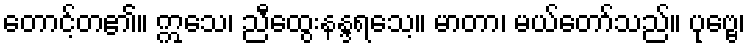
တောင့်တ၏။ ဣသေ၊ ညီထွေးနန္ဒရသေ့။ မာတာ၊ မယ်တော်သည်။ ပုဗ္ဗေ၊